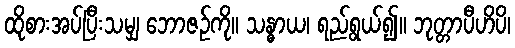
ထိုစားအပ်ပြီးသမျှ ဘောဇဉ်ကို။ သန္ဓာယ၊ ရည်ရွယ်၍။ ဘုတ္တာပီဟိပိ၊